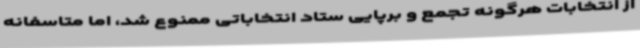
از انتخابات هرگونه تجمع و برپایی ستاد انتخاباتی ممنوع شد، اما متاسفانه